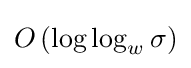
O\left(\log \log _{w}\sigma \right)